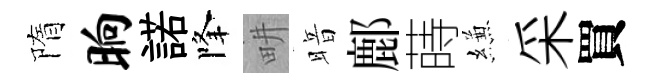
隋晌諾降畊暗鄜蒔縑采買